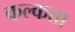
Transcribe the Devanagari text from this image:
कल्कत्ता